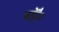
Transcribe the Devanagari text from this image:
बड़ेौर